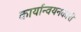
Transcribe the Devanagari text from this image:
कार्यान्‍वयनकारी